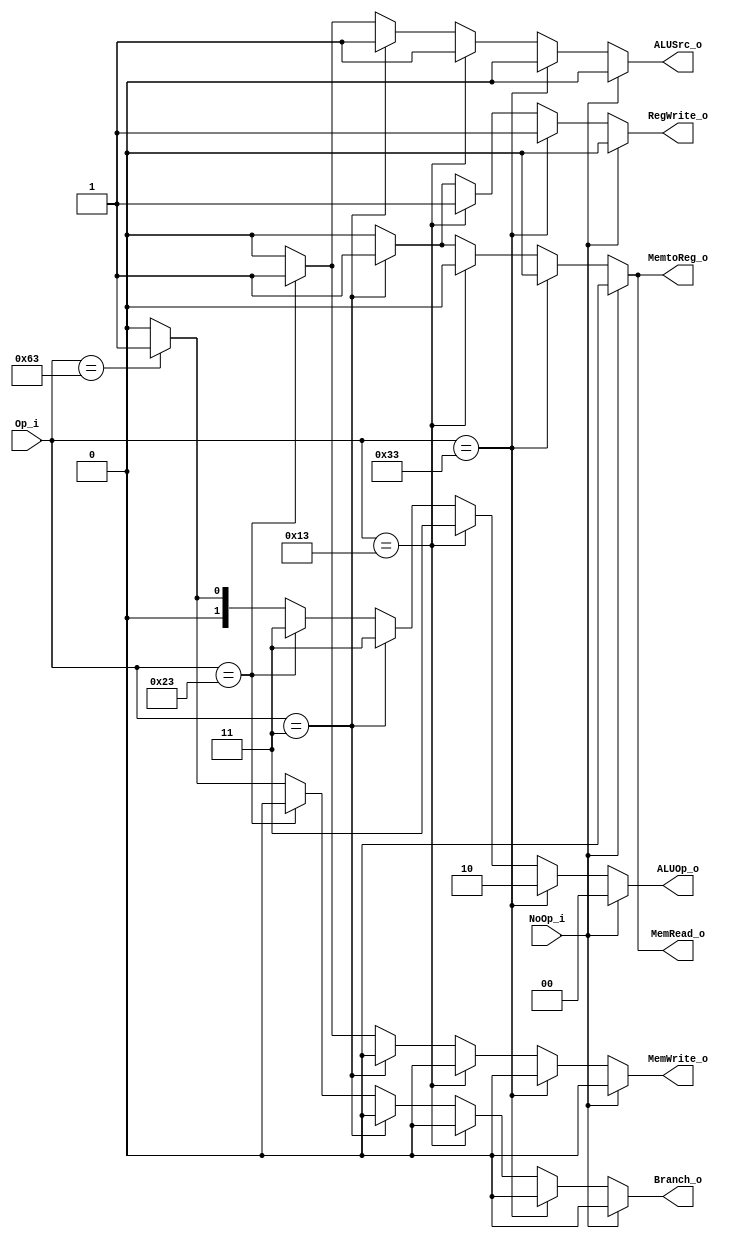
module Control(
    input  [6:0] Op_i,
    input  NoOp_i,
    output [1:0] ALUOp_o,
    output ALUSrc_o,
    output RegWrite_o,
    output MemtoReg_o,
    output MemRead_o,
    output MemWrite_o,
    output Branch_o
);

reg [1:0] ALUOp_o;
reg ALUSrc_o;
reg RegWrite_o;
reg MemtoReg_o;
reg MemRead_o;
reg MemWrite_o;
reg Branch_o;

always @(*) begin
    if (!NoOp_i) begin
        if (Op_i == 7'b0110011) begin
            // R-type instruction
            ALUOp_o = 2'b10; // ALUop of a R-type: 10
            ALUSrc_o = 1'b0;
            RegWrite_o = 1'b1;
            MemtoReg_o = 1'b0;
            MemRead_o = 1'b0;
            MemWrite_o = 1'b0;
            Branch_o = 1'b0;

        end
        else if (Op_i == 7'b0010011 ) begin
            // I-type instruction
            ALUOp_o = 2'b11; // ALUop of a immediate: 11
            ALUSrc_o = 1'b1;
            RegWrite_o = 1'b1;
            MemtoReg_o = 1'b0;
            MemRead_o = 1'b0;
            MemWrite_o = 1'b0;
            Branch_o = 1'b0;
        end
        else if (Op_i == 7'b0000011) begin
            // load instruction
            // ALU: add
            ALUOp_o = 2'b11;
            ALUSrc_o = 1'b1;
            RegWrite_o = 1'b1;
            MemtoReg_o = 1'b1;
            MemRead_o = 1'b1;
            MemWrite_o = 1'b0;
            Branch_o = 1'b0;
        end
        // s-type
        else if (Op_i == 7'b0100011) begin
            // store instruction
            // ALU: add
            ALUOp_o = 2'b11;
            ALUSrc_o = 1'b1;
            RegWrite_o = 1'b0;
            MemtoReg_o = 1'b0;
            MemRead_o = 1'b0;
            MemWrite_o = 1'b1;
            Branch_o = 1'b0;
        end
        //SB-type
        else if (Op_i == 7'b1100011) begin
            // beq instruction
            ALUOp_o = 2'b01;
            ALUSrc_o = 1'b0;
            RegWrite_o = 1'b0;
            MemtoReg_o = 1'b0;
            MemRead_o = 1'b0;
            MemWrite_o = 1'b0;
            Branch_o = 1'b1;
        end
        else begin
            // default
            ALUOp_o = 2'b00;
            ALUSrc_o = 1'b0;
            RegWrite_o = 1'b0;
            MemtoReg_o = 1'b0;
            MemRead_o = 1'b0;
            MemWrite_o = 1'b0;
            Branch_o = 1'b0;
        end
    end
    else begin
        ALUOp_o = 2'b00; // ALUop of a immediate: 11
        ALUSrc_o = 1'b0;
        RegWrite_o = 1'b0;
        MemtoReg_o = 1'b0;
        MemRead_o = 1'b0;
        MemWrite_o = 1'b0;
        Branch_o = 1'b0;
    end
end
endmodule